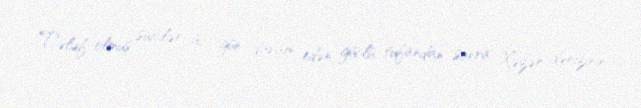
Tələf olmuş suitilər üç gün davam edən güclü tufandan sonra Xəzər dənizinin